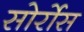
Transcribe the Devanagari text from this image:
सोर्रोस